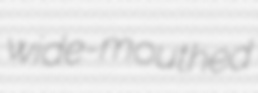
wide-mouthed